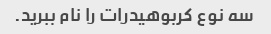
سه نوع کربوهیدرات را نام ببرید.